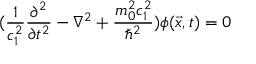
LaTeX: ( \frac { 1 } { c _ { 1 } ^ { 2 } } \frac { \partial ^ { 2 } } { \partial t ^ { 2 } } - \nabla ^ { 2 } + \frac { m _ { 0 } ^ { 2 } c _ { 1 } ^ { 2 } } { \hbar ^ { 2 } } ) \phi ( \vec { x } , t ) = 0